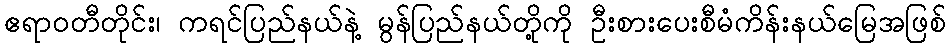
ဧရာဝတီတိုင်း၊ ကရင်ပြည်နယ်နဲ့ မွန်ပြည်နယ်တို့ကို ဦးစားပေးစီမံကိန်းနယ်မြေအဖြစ်